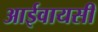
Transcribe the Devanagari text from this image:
आईवायसी